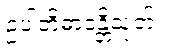
ဥပါတိဓာဝန္တိသုတ်။